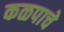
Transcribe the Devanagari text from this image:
कळपाचे